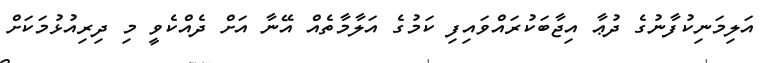
އަލިމަނިކުފާނުގެ ދުޢާ އިޖާބަކުރައްވައިފި ކަމުގެ އަލާމާތެއް އޭނާ އަށް ދެއްކެވީ މި ދިރިއުޅުމަކަށް